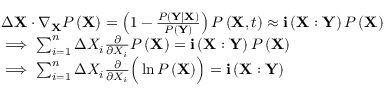
\begin{array} { r l } & { \Delta \mathbf { X } \cdot \nabla _ { \mathbf { X } } P \left( \mathbf { X } \right) = \left( 1 - \frac { P \left( \mathbf { Y } \mid \mathbf { X } \right) } { P \left( \mathbf { Y } \right) } \right) P \left( \mathbf { X } , t \right) \approx \mathbf { i } \left( \mathbf { X } : \mathbf { Y } \right) P \left( \mathbf { X } \right) } \\ & { \implies \sum _ { i = 1 } ^ { n } \Delta X _ { i } \frac { \partial } { \partial X _ { i } } P \left( \mathbf { X } \right) = \mathbf { i } \left( \mathbf { X } : \mathbf { Y } \right) P \left( \mathbf { X } \right) } \\ & { \implies \sum _ { i = 1 } ^ { n } \Delta X _ { i } \frac { \partial } { \partial X _ { i } } \Big ( \ln { P \left( \mathbf { X } \right) } \Big ) = \mathbf { i } \left( \mathbf { X } : \mathbf { Y } \right) } \end{array}